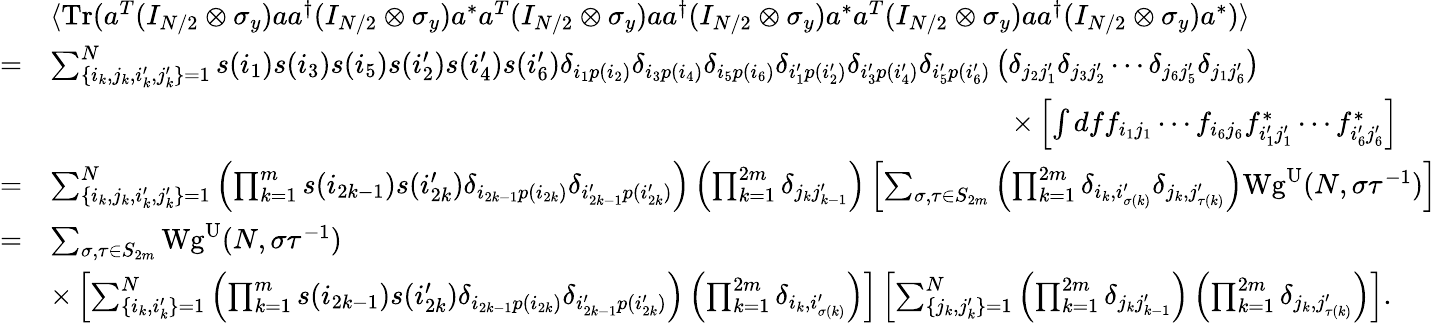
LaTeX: \begin{array}{rl}&{\langle\mathrm{Tr}(a^{T}(I_{N/2}\otimes\sigma_{y})aa^{\dagger}(I_{N/2}\otimes\sigma_{y})a^{*}a^{T}(I_{N/2}\otimes\sigma_{y})aa^{\dagger}(I_{N/2}\otimes\sigma_{y})a^{*}a^{T}(I_{N/2}\otimes\sigma_{y})aa^{\dagger}(I_{N/2}\otimes\sigma_{y})a^{*})\rangle}\\ {=}&{\sum_{\lbrace i_{k},j_{k},i_{k}^{\prime},j_{k}^{\prime}\rbrace=1}^{N}s(i_{1})s(i_{3})s(i_{5})s(i_{2}^{\prime})s(i_{4}^{\prime})s(i_{6}^{\prime})\delta_{i_{1}p(i_{2})}\delta_{i_{3}p(i_{4})}\delta_{i_{5}p(i_{6})}\delta_{i_{1}^{\prime}p(i_{2}^{\prime})}\delta_{i_{3}^{\prime}p(i_{4}^{\prime})}\delta_{i_{5}^{\prime}p(i_{6}^{\prime})}\left(\delta_{j_{2}j_{1}^{\prime}}\delta_{j_{3}j_{2}^{\prime}}\cdots\delta_{j_{6}j_{5}^{\prime}}\delta_{j_{1}j_{6}^{\prime}}\right)}\\ &{\qquad\qquad\qquad\qquad\qquad\qquad\qquad\qquad\qquad\qquad\qquad\qquad\qquad\qquad\qquad\qquad\qquad\times\left[\int dff_{i_{1}j_{1}}\cdots f_{i_{6}j_{6}}f_{i_{1}^{\prime}j_{1}^{\prime}}^{*}\cdots f_{i_{6}^{\prime}j_{6}^{\prime}}^{*}\right]}\\ {=}&{\sum_{\lbrace i_{k},j_{k},i_{k}^{\prime},j_{k}^{\prime}\rbrace=1}^{N}\left(\prod_{k=1}^{m}s(i_{2k-1})s(i_{2k}^{\prime})\delta_{i_{2k-1}p(i_{2k})}\delta_{i_{2k-1}^{\prime}p(i_{2k}^{\prime})}\right)\left(\prod_{k=1}^{2m}\delta_{j_{k}j_{k-1}^{\prime}}\right)\left[\sum_{\sigma,\tau\in S_{2m}}\left(\prod_{k=1}^{2m}\delta_{i_{k},i_{\sigma(k)}^{\prime}}\delta_{j_{k},j_{\tau(k)}^{\prime}}\right)\mathrm{Wg}^{\mathrm{U}}(N,\sigma\tau^{-1})\right]}\\ {=}&{\sum_{\sigma,\tau\in S_{2m}}\mathrm{Wg}^{\mathrm{U}}(N,\sigma\tau^{-1})}\\ &{\times\left[\sum_{\lbrace i_{k},i_{k}^{\prime}\rbrace=1}^{N}\left(\prod_{k=1}^{m}s(i_{2k-1})s(i_{2k}^{\prime})\delta_{i_{2k-1}p(i_{2k})}\delta_{i_{2k-1}^{\prime}p(i_{2k}^{\prime})}\right)\left(\prod_{k=1}^{2m}\delta_{i_{k},i_{\sigma(k)}^{\prime}}\right)\right]\left[\sum_{\lbrace j_{k},j_{k}^{\prime}\rbrace=1}^{N}\left(\prod_{k=1}^{2m}\delta_{j_{k}j_{k-1}^{\prime}}\right)\left(\prod_{k=1}^{2m}\delta_{j_{k},j_{\tau(k)}^{\prime}}\right)\right].}\end{array}